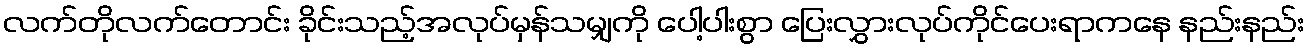
လက်တိုလက်တောင်း ခိုင်းသည့်အလုပ်မှန်သမျှကို ပေါ့ပါးစွာ ပြေးလွှားလုပ်ကိုင်ပေးရာကနေ နည်းနည်း